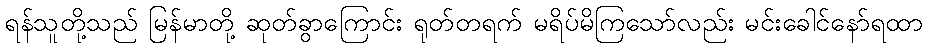
ရန်သူတို့သည် မြန်မာတို့ ဆုတ်ခွာကြောင်း ရုတ်တရက် မရိပ်မိကြသော်လည်း မင်းခေါင်နော်ရထာ